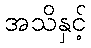
အသိနှင့်